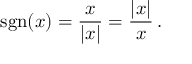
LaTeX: \operatorname { s g n } ( x ) = { \frac { x } { | x | } } = { \frac { | x | } { x } } \, .